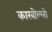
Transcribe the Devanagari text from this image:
कारबोल्लो